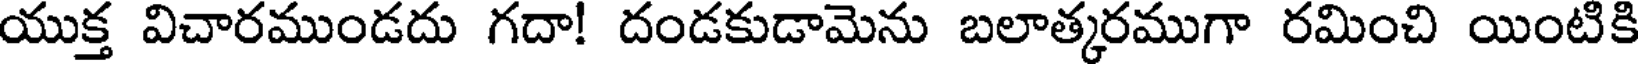
యుక్త విచారముండదు గదా! దండకుడామెను బలాత్కరముగా రమించి యింటికి